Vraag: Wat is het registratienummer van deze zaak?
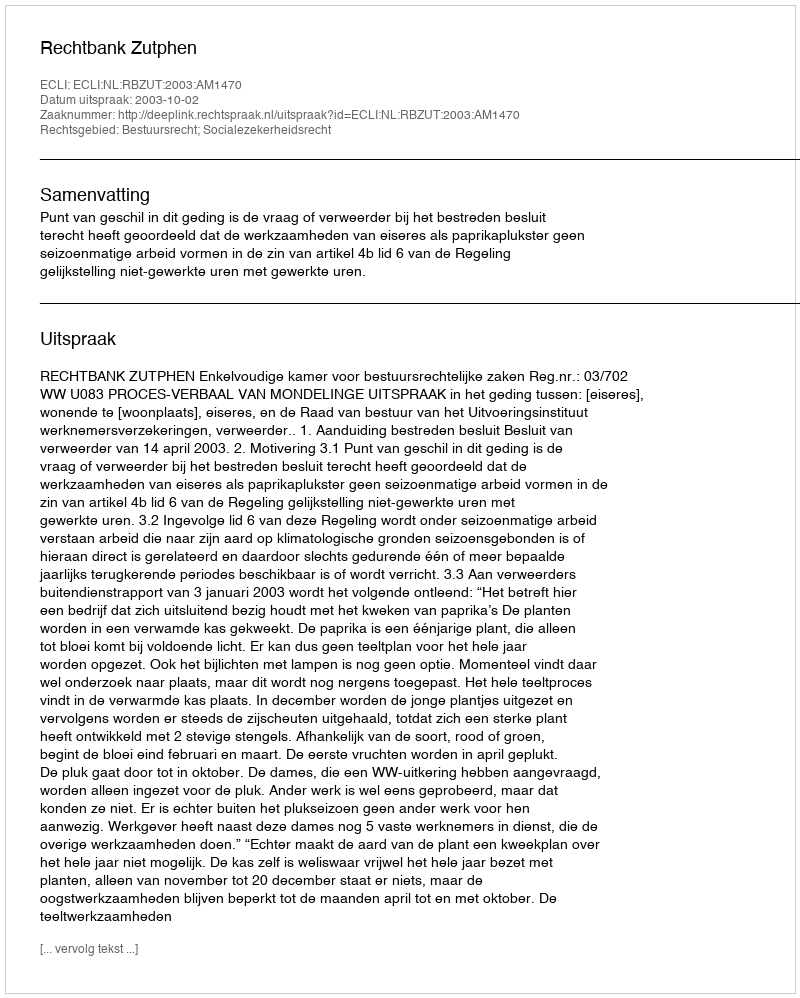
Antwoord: http://deeplink.rechtspraak.nl/uitspraak?id=ECLI:NL:RBZUT:2003:AM1470